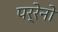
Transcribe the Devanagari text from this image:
पर्रेनो